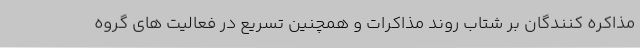
مذاکره کنندگان بر شتاب روند مذاکرات و همچنین تسریع در فعالیت های گروه